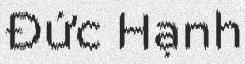
Đức Hạnh